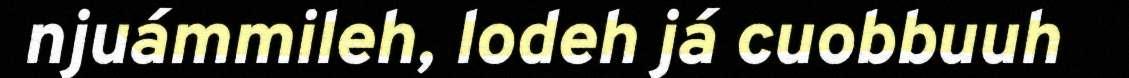
njuámmileh, lodeh já cuobbuuh